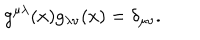
LaTeX: g ^ { \mu \lambda } ( x ) g _ { \lambda \nu } ( x ) = \delta _ { \mu \nu } .